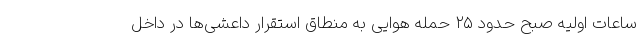
ساعات اولیه صبح حدود ۲۵ حمله هوایی به منطاق استقرار داعشی‌ها در داخل